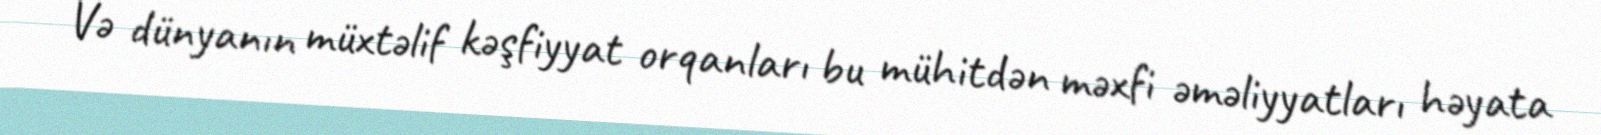
Və dünyanın müxtəlif kəşfiyyat orqanları bu mühitdən məxfi əməliyyatları həyata